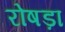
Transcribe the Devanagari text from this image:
रोषड़ा